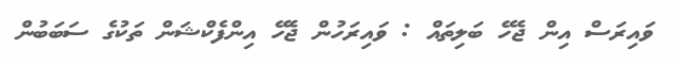
ވައިރަސް އިން ޖެހޭ ބަލިތައް : ވައިރަހުން ޖެހޭ އިންފެކްޝަން ތަކުގެ ސަބަބުން